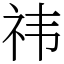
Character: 祎